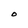
Character: O